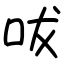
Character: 㕹